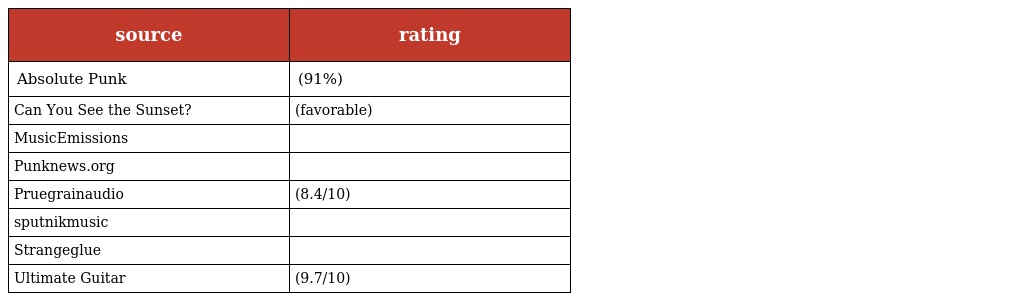
| source | rating |
 | --- | --- |
 | Absolute Punk | (91%) |
 | Can You See the Sunset? | (favorable) |
 | MusicEmissions |  |
 | Punknews.org |  |
 | Pruegrainaudio | (8.4/10) |
 | sputnikmusic |  |
 | Strangeglue |  |
 | Ultimate Guitar | (9.7/10) |